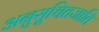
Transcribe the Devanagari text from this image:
अनुसूचितजाति